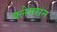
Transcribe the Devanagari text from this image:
क्लेमसन